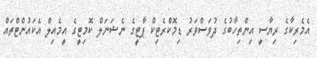
އެމެރިކާގެ ރިޔާސީ އިންތިހާބުގެ ދުވަސްވަރު ޑިމޮކްރެޓިކް ޕާޓީގެ ނެޝަނަލް ކޮމިޓީގެ އީމެއިލް އެކައުންޓްތައް